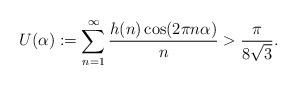
LaTeX: \begin{align*}U(\alpha):=\sum_{n=1}^{\infty} \frac{h(n)\cos(2\pi n\alpha)}{n}>\frac{\pi}{8\sqrt{3}}.\end{align*}